Sketch of the medical history of the native army of Bombay, for the year
Year: 1875
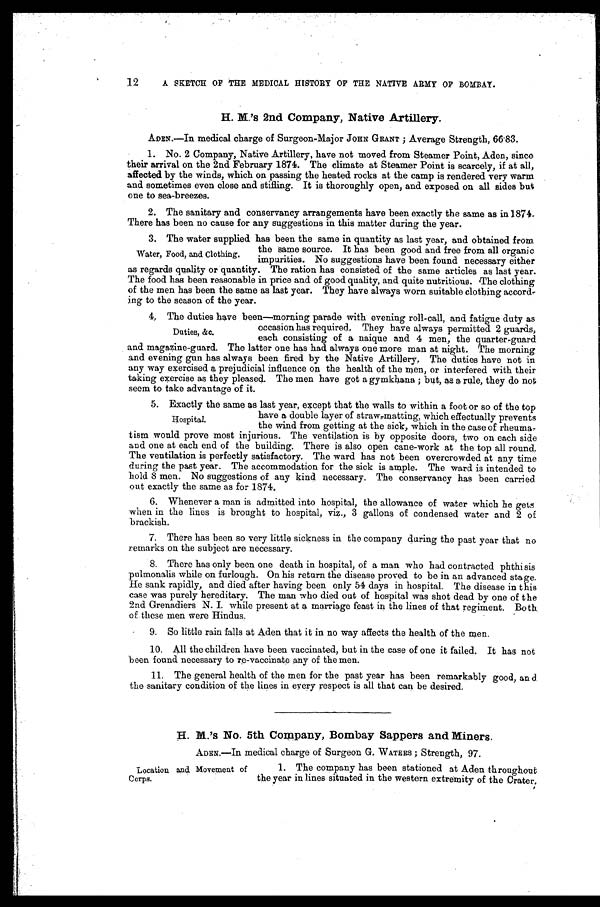
12
A SKETCH OF THE MEDICAL HISTORY OF THE NATIVE ARMY OF BOMBAY.
H. M.'s 2nd Company, Native Artillery.
ADEN.—In medical charge of Surgeon-Major JOHN GRANT; Average Strength, 66.83.
1. No. 2 Company, Native Artillery, have not moved from Steamer Point, Aden, since
their arrival on the 2nd February 1874. The climate at Steamer Point is scarcely, if at all,
affected by the winds, which on passing the heated rocks at the camp is rendered very warm
and sometimes even close and stifling. It is thoroughly open, and exposed on all sides but
one to sea-breezes.
2. The sanitary and conservancy arrangements have been exactly the same as in 1874.
There has been no cause for any suggestions in this matter during the year.
3. The water supplied has been the same in quantity as last year, and obtained from
the same source. It has been good and free from all organic
impurities. No suggestions have been found necessary either
as regards quality or quantity. The ration has consisted of the same articles as last year.
The food has been reasonable in price and of good quality, and quite nutritious. The clothing
of the men has been the same as last year. They have always worn suitable clothing accord
-ing to the season of the year.
4. The duties have been—morning parade with evening roll-call, and fatigue duty as
occasion has required. They have always permitted 2 guards,
each consisting of a naique and 4 men, the quarter-guard
and magazine-guard. The latter one has had always one more man at night. The morning
and evening gun has always been fired by the Native Artillery. The duties have not in
any way exercised a prejudicial influence on the health of the men, or interfered with their
taking exercise as they pleased. The men have got a gymkhana; but, as a rule, they do not
seem to take advantage of it.
5. Exactly the same as last year, except that the walls to within a foot or so of the top
have a double layer of straw-matting, which effectually prevents
the wind from getting at the sick, which in the case of rheuma
-tism would prove most injurious. The ventilation is by opposite doors, two on each side
and one at each end of the building. There is also open cane-work at the top all round.
The ventilation is perfectly satisfactory. The ward has not been overcrowded at any time
during the past year. The accommodation for the sick is ample. The ward is intended to
hold 8 men. No suggestions of any kind necessary. The conservancy has been carried
out exactly the same as for 1874.
6. Whenever a man is admitted into hospital, the allowance of water which he gets
when in the lines is brought to hospital, viz., 3 gallons of condensed water and 2 of
brackish.
7. There has been so very little sickness in the company during the past year that no
remarks on the subject are necessary.
8. There has only been one death in hospital, of a man who had contracted phthisis
pulmonalis while on furlough. On his return the disease proved to be in an advanced stage.
He sank rapidly, and died after having been only 54 days in hospital. The disease in this
case was purely hereditary. The man who died out of hospital was shot dead by one of the
2nd Grenadiers N. I. while present at a marriage feast in the lines of that regiment. Both
of these men were Hindus.
9. So little rain falls at Aden that it in no way affects the health of the men.
10. All the children have been vaccinated, but in the case of one it failed. It has not
been found necessary to re-vaccinate any of the men.
11. The general health of the men for the past year has been remarkably good, and
the sanitary condition of the lines in every respect is all that can be desired.
H. M.'s No. 5th Company, Bombay Sappers and Miners.
ADEN.—In medical charge of Surgeon G. WATERS; Strength, 97.
Water, Food, and Clothing.
Duties, &c.
Hospital.
Location and Movement of
Corps.
1. The company has been stationed at Aden throughout
the year in lines situated in the western extremity of the Crater.